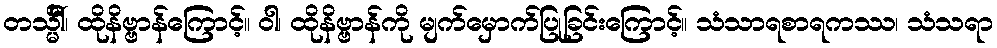
တသ္မိံါ်၊ ထိုနိဗ္ဗာန်ကြောင့်။ ဝါ၊ ထိုနိဗ္ဗာန်ကို မျက်မှောက်ပြုခြင်းကြောင့်။ သံသာရစာရကဿ၊ သံသရာ